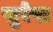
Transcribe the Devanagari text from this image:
सुरेरा